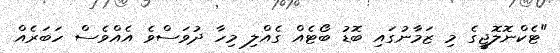
"ޓެކްނޮލޮޖީގެ މި ޒަމާނުގައި ބޮޑު ބޯޓެއް ގެއްލި މިހާ ދުވަސްވެ އެއްވެސް ހަަބަރެއް